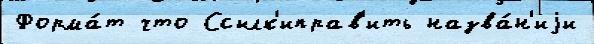
Форма́т что Ссылк'иправ'ить назва́н'иjи